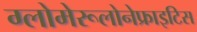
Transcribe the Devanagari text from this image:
ग्लोमेरूलोनेफ्राइटिस